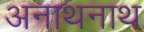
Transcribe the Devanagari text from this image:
अनाथनाथ